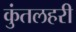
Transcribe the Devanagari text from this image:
कुंतलहरी